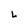
Character: h